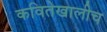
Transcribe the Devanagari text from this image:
कवितेखालीच